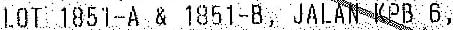
LOT 1851-A & 1851-B, JALAN KPB 6,